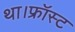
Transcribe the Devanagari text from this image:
था।फ्रॉस्ट